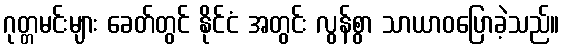
ဂုတ္တမင်းများ ခေတ်တွင် နိုင်ငံ အတွင်း လွန်စွာ သာယာဝပြောခဲ့သည်။